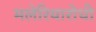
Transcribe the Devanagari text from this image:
मलेरियारोधी